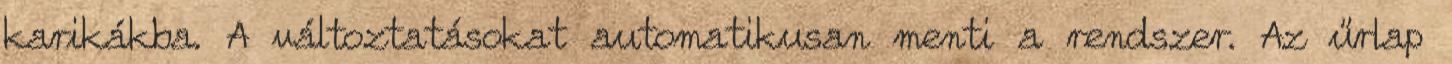
karikákba. A változtatásokat automatikusan menti a rendszer. Az űrlap